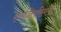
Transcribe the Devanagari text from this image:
रणजितसिंगचा